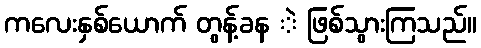
ကလေးနှစ်ယောက် တွန့်ခန ဲ ဖြစ်သွားကြသည်။